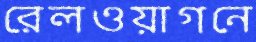
রেলওয়াগনে